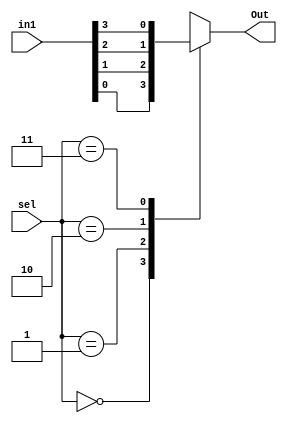
`timescale 1ns / 1ps
//////////////////////////////////////////////////////////////////////////////////
// Company: 
// Engineer: 
// 
// Design Name: 
// Module Name:    Multiplexer4x1_Behav 
// Project Name: 
// Target Devices: 
// Tool versions: 
// Description: 
//
// Dependencies: 
//
// Revision: 
// Revision 0.01 - File Created
// Additional Comments: 
//
//////////////////////////////////////////////////////////////////////
module Multiplexer4x1_Behav(in1,sel, Out);
	input wire [3:0]in1;
	input wire [1:0]sel;
	output reg Out;
	
	always @(*)
	begin
	
	case (sel)
	2'b00: begin Out = in1[0]; end
	2'b01: begin Out = in1[1]; end
	2'b10: begin Out = in1[2]; end
	2'b11: begin Out = in1[3]; end
	endcase
	end

endmodule